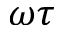
\omega \tau